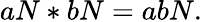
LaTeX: aN*bN=abN.